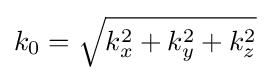
k_{0}={\sqrt {k_{x}^{2}+k_{y}^{2}+k_{z}^{2}}}